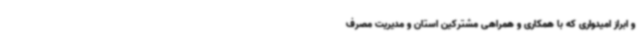
و ابراز امیدواری که با همکاری و همراهی مشترکین استان و مدیریت مصرف